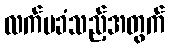
လက်မခံသည့်အတွက်